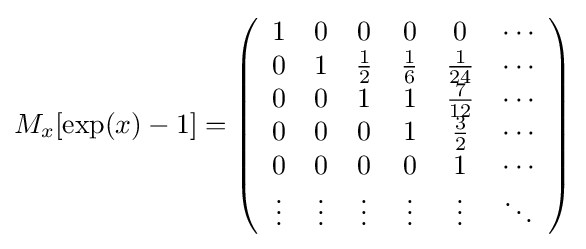
M_{x}[\exp(x)-1]=\left({\begin{array}{cccccc}1&0&0&0&0&\cdots \\0&1&{\frac {1}{2}}&{\frac {1}{6}}&{\frac {1}{24}}&\cdots \\0&0&1&1&{\frac {7}{12}}&\cdots \\0&0&0&1&{\frac {3}{2}}&\cdots \\0&0&0&0&1&\cdots \\\vdots &\vdots &\vdots &\vdots &\vdots &\ddots \end{array}}\right)